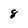
Character: 8